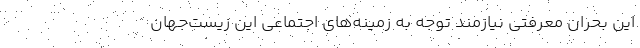
این بحران معرفتی نیازمند توجه به زمینه‌های اجتماعی این زیست‌جهان